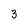
Character: 3